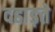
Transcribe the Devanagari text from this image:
दहाड़ते